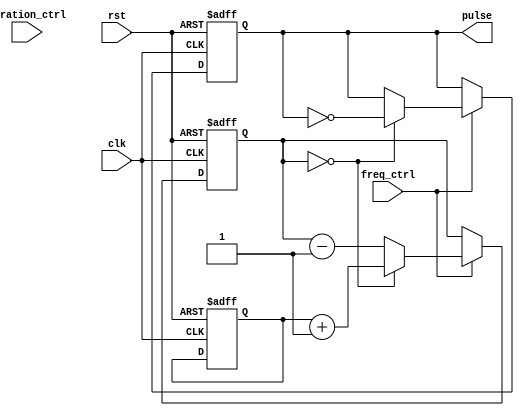
module variable_freq_pulse_generator(
    input wire clk,
    input wire rst,
    input wire freq_ctrl,
    input wire duration_ctrl,
    output reg pulse
);

reg [31:0] counter;
reg [31:0] freq_counter;
reg [31:0] duration_counter;
reg pulse_sync;

always @(posedge clk or posedge rst) begin
    if (rst) begin
        pulse <= 0;
        counter <= 0;
        freq_counter <= 0;
        duration_counter <= 0;
    end else begin
        if (freq_ctrl) begin
            if (freq_counter == 0) begin
                pulse <= ~pulse;
                freq_counter <= counter + 1;
            end else begin
                freq_counter <= freq_counter - 1;
            end
        end
        
        if (duration_ctrl) begin
            if (pulse_sync) begin
                if (duration_counter == 0) begin
                    pulse_sync <= 0;
                    duration_counter <= counter + 1;
                end else begin
                    duration_counter <= duration_counter - 1;
                end
            end else begin
                duration_counter <= 0;
            end
        end
    end
end

always @(posedge clk) begin
    if (reset) begin
        pulse_sync <= 0;
    end else begin
        if (freq_ctrl) begin
            if (freq_counter == 0) begin
                pulse_sync <= 1;
            end
        end
    end
end

endmodule